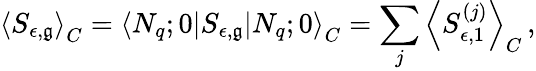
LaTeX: \left<S_{\epsilon,\mathfrak{g}}\right>_{C}=\left<N_{q};0\right|S_{\epsilon,\mathfrak{g}}\left|N_{q};0\right>_{C}=\sum_{j}\left<S_{\epsilon,1}^{(j)}\right>_{C}\, ,